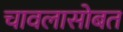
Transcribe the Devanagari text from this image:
चावलासोबत